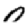
Digit: 0